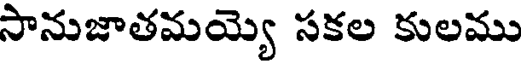
సానుజాతమయ్యె సకల కులము